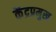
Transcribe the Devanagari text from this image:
केंद्रप्रमुख